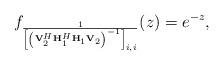
LaTeX: \begin{align*}f_{ \frac{1}{\left[\left(\mathbf{V}_2^H \mathbf{H}_{1}^H\mathbf{H}_{1}\mathbf{V}_2\right)^{-1}\right]_{i,i}}}(z) =e^{-z}, \end{align*}